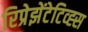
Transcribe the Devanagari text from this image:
रिप्रेझेंटेटिव्ह्स